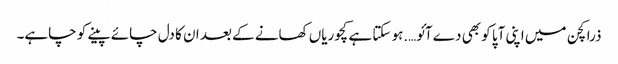
ذرا کچن میں اپنی آپا کو بھی دے آئو….ہو سکتا ہے کچوریاں کھانے کے بعد ان کا دل چائے پینے کو چاہے۔